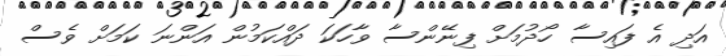
އަދި އެ ފައިސާ ހޯދުމަށް ފިނޭންސާ ވާހަކަ ދައްކަމުން އަންނަ ކަމަށް ވެސް